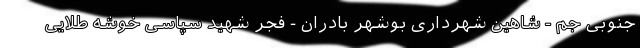
جنوبی جم - شاهین شهرداری بوشهر بادران - فجر شهید سپاسی خوشه طلایی